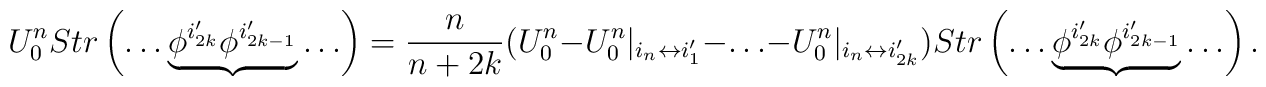
U^n_0Str\left(\ldots \underbrace{\phi^{i_{2k}'}\phi^{i_{2k-1}'}}\ldots \right)=\frac{n}{n+2k}(U^n_0-U^n_0|_{i_n\leftrightarrow i_1'}-\ldots -U^n_0|_{i_n\leftrightarrow i_{2k}'})Str\left(\ldots \underbrace{\phi^{i_{2k}'}\phi^{i_{2k-1}'}}\ldots \right).